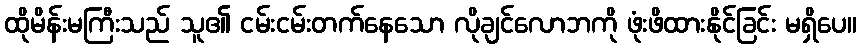
ထိုမိန်းမကြီးသည် သူ၏ ငမ်းငမ်းတက်နေသော လိုချင်လောဘကို ဖုံးဖိထားနိုင်ခြင်း မရှိပေ။